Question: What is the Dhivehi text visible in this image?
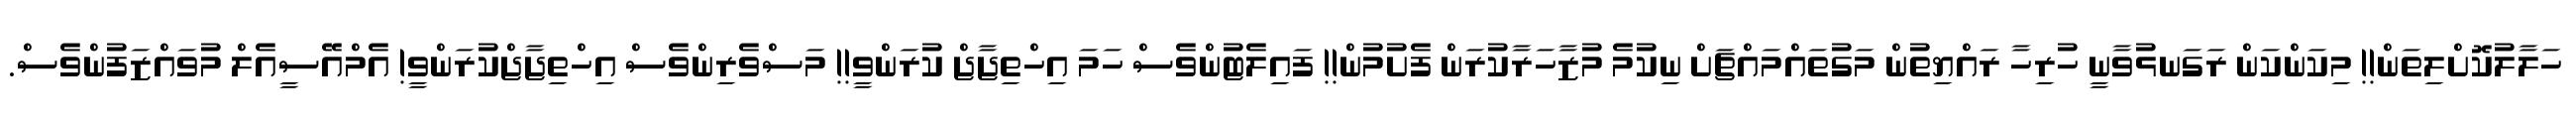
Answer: ހަލާލުކޮށްލިތަން!! މިކަންކަން ރަގަނޅުވާނީ ހުރިހާ ރައްޔިތުން މަގުތައްމައްޗަށް ނިކުމެ މުޒާހަރާކުރަން ފެށުމުން!! ފައިލެޓުންވެސް ހަމަ އިހްތިޖާޖް ކުރަންވީ!! މަސްވެރިންވެސް އިހްތިޖާޖްކުރަންވީ! އެމްއޭސީއެލް މުވައްޒަފުންވެސް.